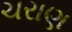
ચરાણ